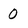
Character: 0